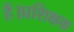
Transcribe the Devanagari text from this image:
हैं।प्रशिक्षक